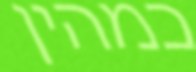
כמהין